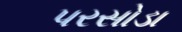
પરસોડા